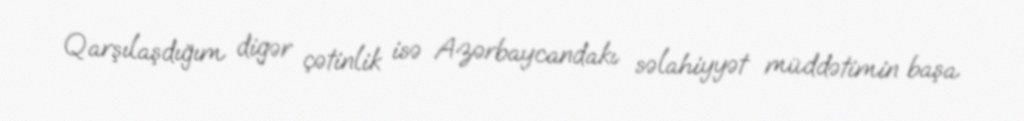
Qarşılaşdığım digər çətinlik isə Azərbaycandakı səlahiyyət müddətimin başa